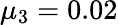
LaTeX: \mu_{3}=0.02